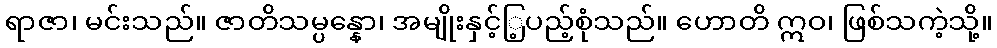
ရာဇာ၊ မင်းသည်။ ဇာတိသမ္ပန္နော၊ အမျိုးနှင့်ြ့ပည့်စုံသည်။ ဟောတိ ဣဝ၊ ဖြစ်သကဲ့သို့။